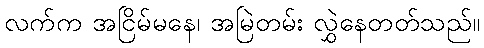
လက်က အငြိမ်မနေ၊ အမြဲတမ်း လွှဲနေတတ်သည်။